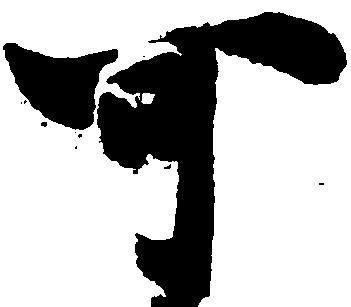
可